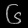
Digit: ၆